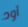
أود